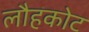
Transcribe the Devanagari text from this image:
लौहकोट